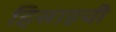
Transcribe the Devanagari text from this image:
हिसाइची